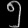
Digit: ၅